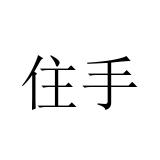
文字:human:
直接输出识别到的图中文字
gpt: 住手